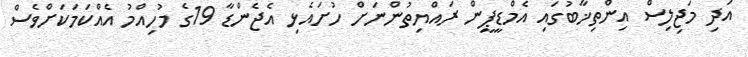
އަދި މަޖިލިސް އިންތިޚާބުގައި އެމްޑީޕީން ރައްޔިތުންނަށް ހުށައެޅި އެޖެންޑާ 19ގެ މުހިއްމު އެއްކަމަކަށްވެސް